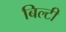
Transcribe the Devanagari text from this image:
बिल्टी